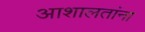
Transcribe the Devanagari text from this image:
आशालतांना